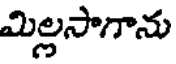
మిల్లసాగాను